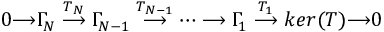
0 { \longrightarrow } \Gamma _ { \! N } \stackrel { T _ { N } } { \longrightarrow } \Gamma _ { \! N - 1 } \stackrel { T _ { N - 1 } } { \longrightarrow } \dots \longrightarrow \Gamma _ { \! 1 } \stackrel { T _ { 1 } } { \longrightarrow } k e r ( T ) { \longrightarrow } 0